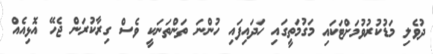
ދުވެލި މަޑުކުރުވުމަށްޓަކައި މަގުމަތީގައި ހަދައިފައި ހުންނަ ތަންތަނަކީ ވެސް ގިރާކުރަން ޖެހޭ އޮޅިއެއް